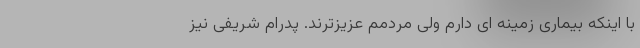
با اینکه بیماری زمینه ای دارم ولی مردمم عزیزترند. پدرام شریفی نیز